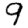
Digit: 9